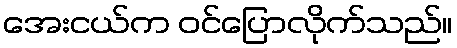
အေးငယ်က ဝင်ပြောလိုက်သည်။